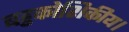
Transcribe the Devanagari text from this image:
बहुकोशिकीय।